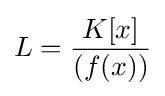
L={\frac {K[x]}{(f(x))}}